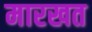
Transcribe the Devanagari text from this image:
मारखत